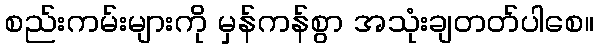
စည်းကမ်းများကို မှန်ကန်စွာ အသုံးချတတ်ပါစေ။